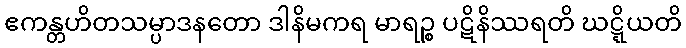
ဧကန္တဟိတသမ္ပာဒနတော ဒါနိမကရ မာရဉ္စ ပဋိနိဿရတိ ဃဋ္ဋိယတိ